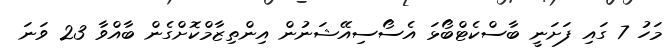
މަހު 7 ގައި ފަށަނީ ބާސްކެޓްބޯޅަ އެސޯސިއޭޝަނުން އިންތިޒާމްކޮށްގެން ބާއްވާ 23 ވަނަ